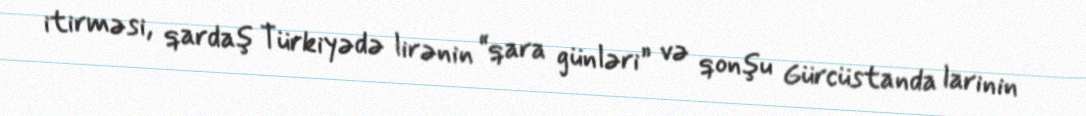
itirməsi, qardaş Türkiyədə lirənin “qara günləri” və qonşu Gürcüstanda larinin